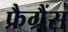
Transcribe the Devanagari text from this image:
फ्रैग्रैंस